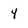
Character: 4